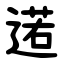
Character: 逽